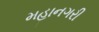
મહાનગરી